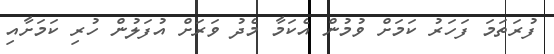
ފުރަތަމަ ފަހަރު ކަމަށް ވުމުން އެކަމާ މެދު ވަރަށް އުފަލުން ހުރި ކަމަށާއި